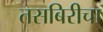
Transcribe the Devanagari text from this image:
तसबिरीचा